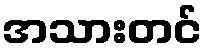
အသားတင်